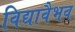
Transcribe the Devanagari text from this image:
विद्यावैभव